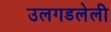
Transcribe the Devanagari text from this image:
उलगडलेली